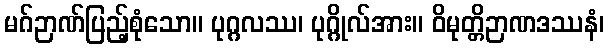
မဂ်ဉာဏ်ပြည့်စုံသော။ ပုဂ္ဂလဿ၊ ပုဂ္ဂိုလ်အား။ ဝိမုတ္တိဉာဏဒဿနံ၊